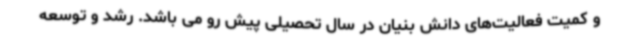
و کمیت فعالیت‌های دانش بنیان در سال تحصیلی پیش رو می باشد. رشد و توسعه